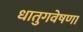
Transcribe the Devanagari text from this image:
धातुगवेषणा